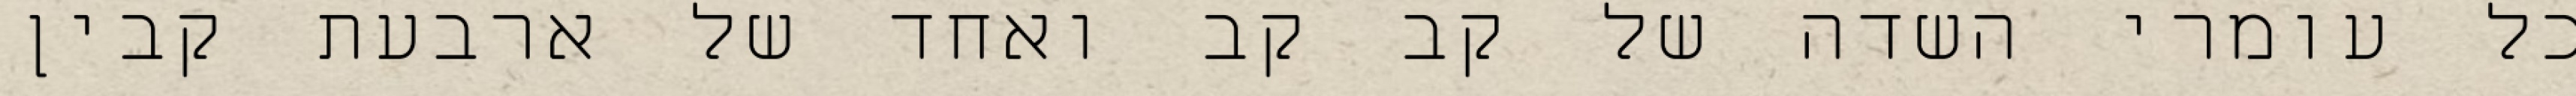
כל עומרי השדה של קב קב ואחד של ארבעת קבין